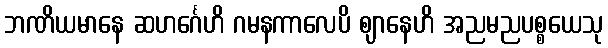
ဘဏိယမာနေ ဆဟင်္ဂေဟိ ဂမနကာလေပိ ဈာနေဟိ အညမညပစ္စယေသု